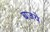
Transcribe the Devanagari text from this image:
बजये